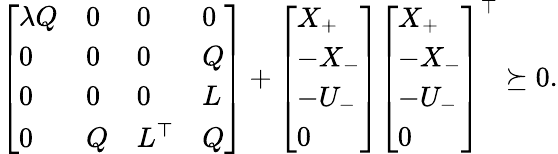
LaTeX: \left[\begin{array}{llll}{\lambda Q}&{0}&{0}&{0}\\ {0}&{0}&{0}&{Q}\\ {0}&{0}&{0}&{L}\\ {0}&{Q}&{L^{\top}}&{Q}\end{array}\right]+\left[\begin{array}{l}{X_{+}}\\ {-X_{-}}\\ {-U_{-}}\\ {0}\end{array}\right]\left[\begin{array}{l}{X_{+}}\\ {-X_{-}}\\ {-U_{-}}\\ {0}\end{array}\right]^{\top}\succeq 0.